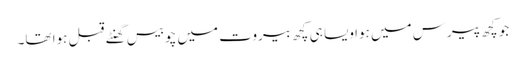
جو کچھ پیرس میں ہوا ویسا ہی کچھ بیروت میں چوبیس گھنٹے قبل ہوا تھا۔